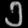
Digit: ၁